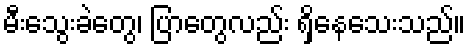
မီးသွေးခဲတွေ၊ ပြာတွေလည်း ရှိနေသေးသည်။